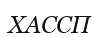
ХАССП